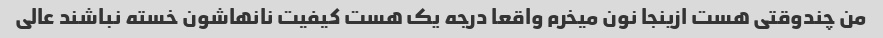
من چندوقتی هست ازینجا نون میخرم واقعا درجه یک هست کیفیت نانهاشون خسته نباشند عالی